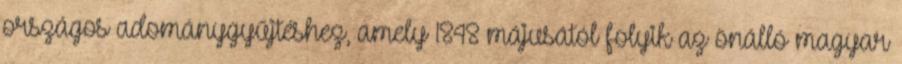
országos adománygyűjtéshez, amely 1848 májusától folyik az önálló magyar